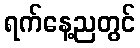
ရက်နေ့ညတွင်